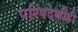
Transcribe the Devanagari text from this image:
परिषदेशीही